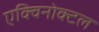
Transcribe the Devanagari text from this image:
एक्विनोक्टल